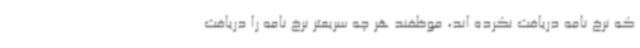
که نرخ نامه دریافت نکرده اند، موظفند هر چه سریعتر نرخ نامه را دریافت